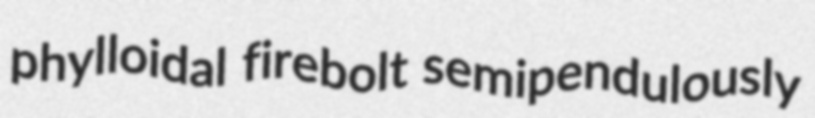
phylloidal firebolt semipendulously